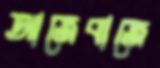
আজেবাজে